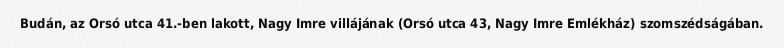
Budán, az Orsó utca 41.-ben lakott, Nagy Imre villájának (Orsó utca 43, Nagy Imre Emlékház) szomszédságában.